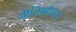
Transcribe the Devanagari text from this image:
नीतिकौशल